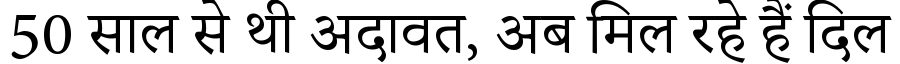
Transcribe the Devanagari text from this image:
50 साल से थी अदावत, अब मिल रहे हैं दिल